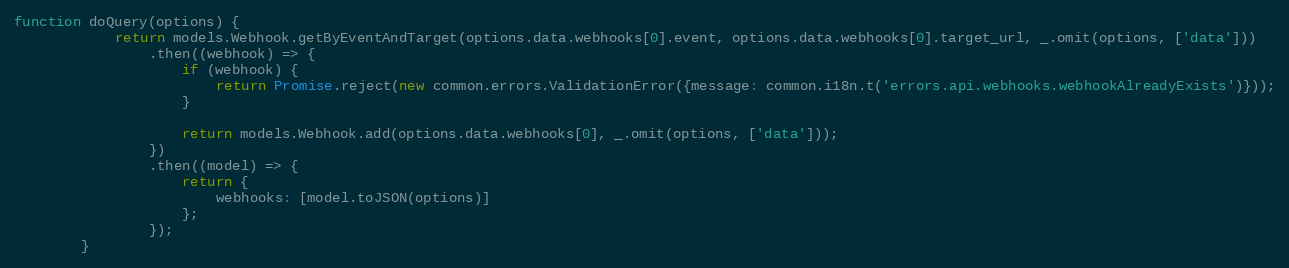
Language: JavaScript
function doQuery(options) {
            return models.Webhook.getByEventAndTarget(options.data.webhooks[0].event, options.data.webhooks[0].target_url, _.omit(options, ['data']))
                .then((webhook) => {
                    if (webhook) {
                        return Promise.reject(new common.errors.ValidationError({message: common.i18n.t('errors.api.webhooks.webhookAlreadyExists')}));
                    }

                    return models.Webhook.add(options.data.webhooks[0], _.omit(options, ['data']));
                })
                .then((model) => {
                    return {
                        webhooks: [model.toJSON(options)]
                    };
                });
        }